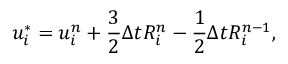
u _ { i } ^ { * } = u _ { i } ^ { n } + \frac { 3 } { 2 } \Delta t R _ { i } ^ { n } - \frac { 1 } { 2 } \Delta t R _ { i } ^ { n - 1 } ,